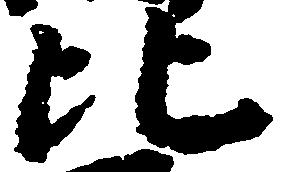
比